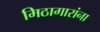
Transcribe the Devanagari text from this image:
मिठागारांना